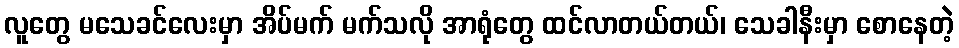
လူတွေ မသေခင်လေးမှာ အိပ်မက် မက်သလို အာရုံတွေ ထင်လာတယ်တယ်၊ သေခါနီးမှာ စောနေတဲ့